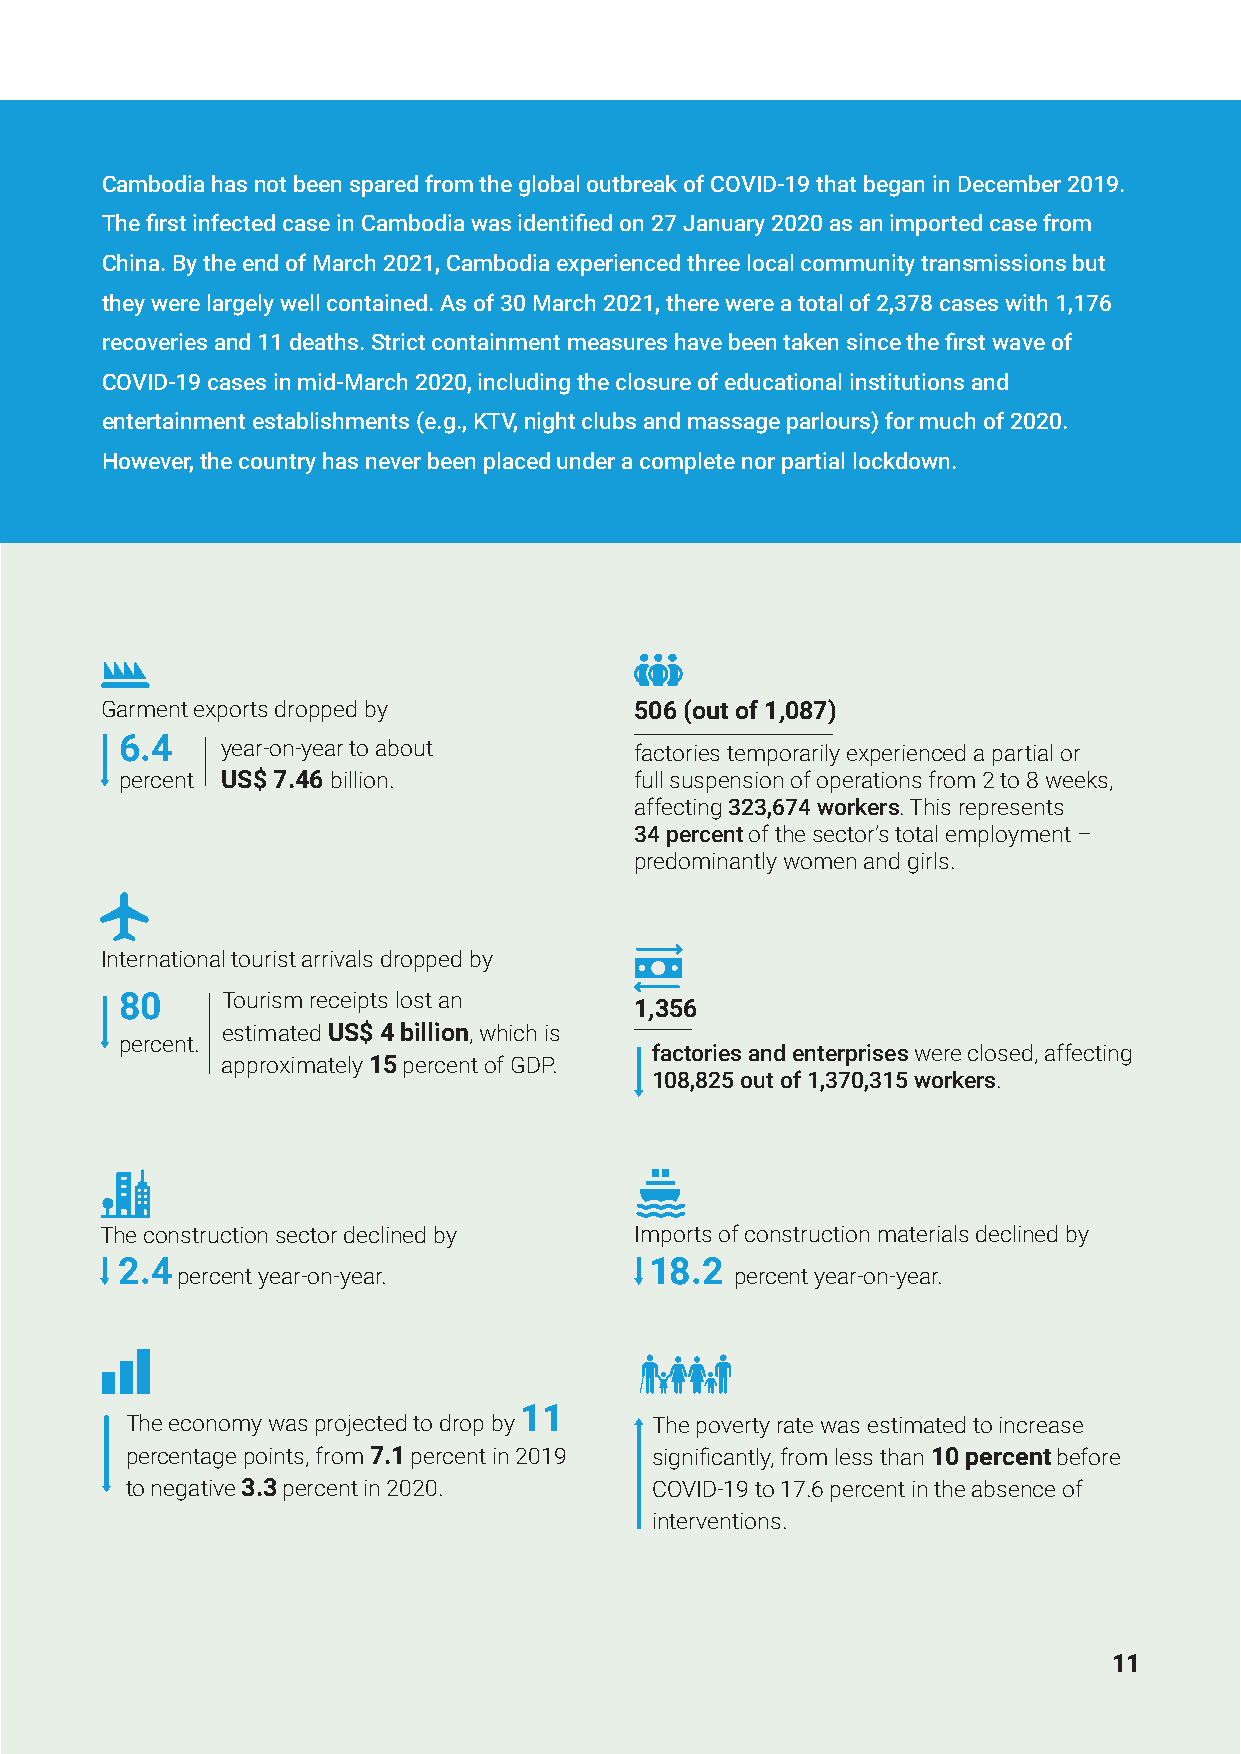
Cambodia has not been spared from the global outbreak of COVID-19 that began in December 2019.
 The first infected case in Cambodia was identified on 27 January 2020 as an imported case from
 China. By the end of March 2021, Cambodia experienced three local community transmissions but
 they were largely well contained. As of 30 March 2021, there were a total of 2,378 cases with 1,176
 recoveries and 11 deaths. Strict containment measures have been taken since the first wave of
 COVID-19 cases in mid-March 2020, including the closure of educational institutions and
 entertainment establishments (e.g., KTV, night clubs and massage parlours) for much of 2020.
 However, the country has never been placed under a complete nor partial lockdown.
 Garment exports dropped by         506 (out of 1,087)
 6.4    year-on-year to about      factories temporarily experienced a partial or
 percent US$ 7.46 billion.         full suspension of operations from 2 to 8 weeks,
 affecting 323,674 workers. This represents
 34 percent of the sector’s total employment –
 predominantly women and girls.
 International tourist arrivals dropped by
 80     Tourism receipts lost an
 1,356
 estimated US$ 4 billion, which is
 percent.
 factories and enterprises were closed, affecting
 approximately 15 percent of GDP.
 108,825 out of 1,370,315 workers.
 The construction sector declined by Imports of construction materials declined by
 2.4                                18.2
 percent year-on-year.                percent year-on-year.
 11
 The economy was projected to drop by The poverty rate was estimated to increase
 percentage points, from 7.1 percent in 2019 significantly, from less than 10 percent before
 to negative 3.3 percent in 2020.   COVID-19 to 17.6 percent in the absence of
 interventions.
 1111